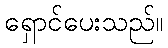
ရှောင်ပေးသည်။